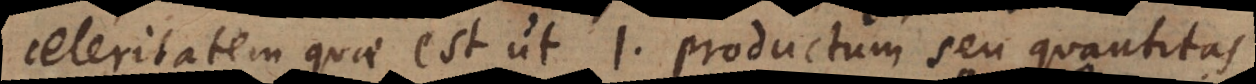
celeritatem quae est ut 1, productum seu quantitas